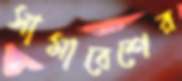
সামাবেশের